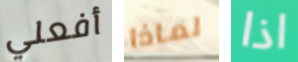
أفعلي لماذا اذا